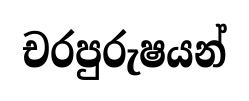
චරපුරුෂයන්